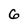
Character: 6